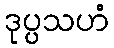
ဒုပ္ပသဟံ